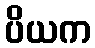
ပိယက